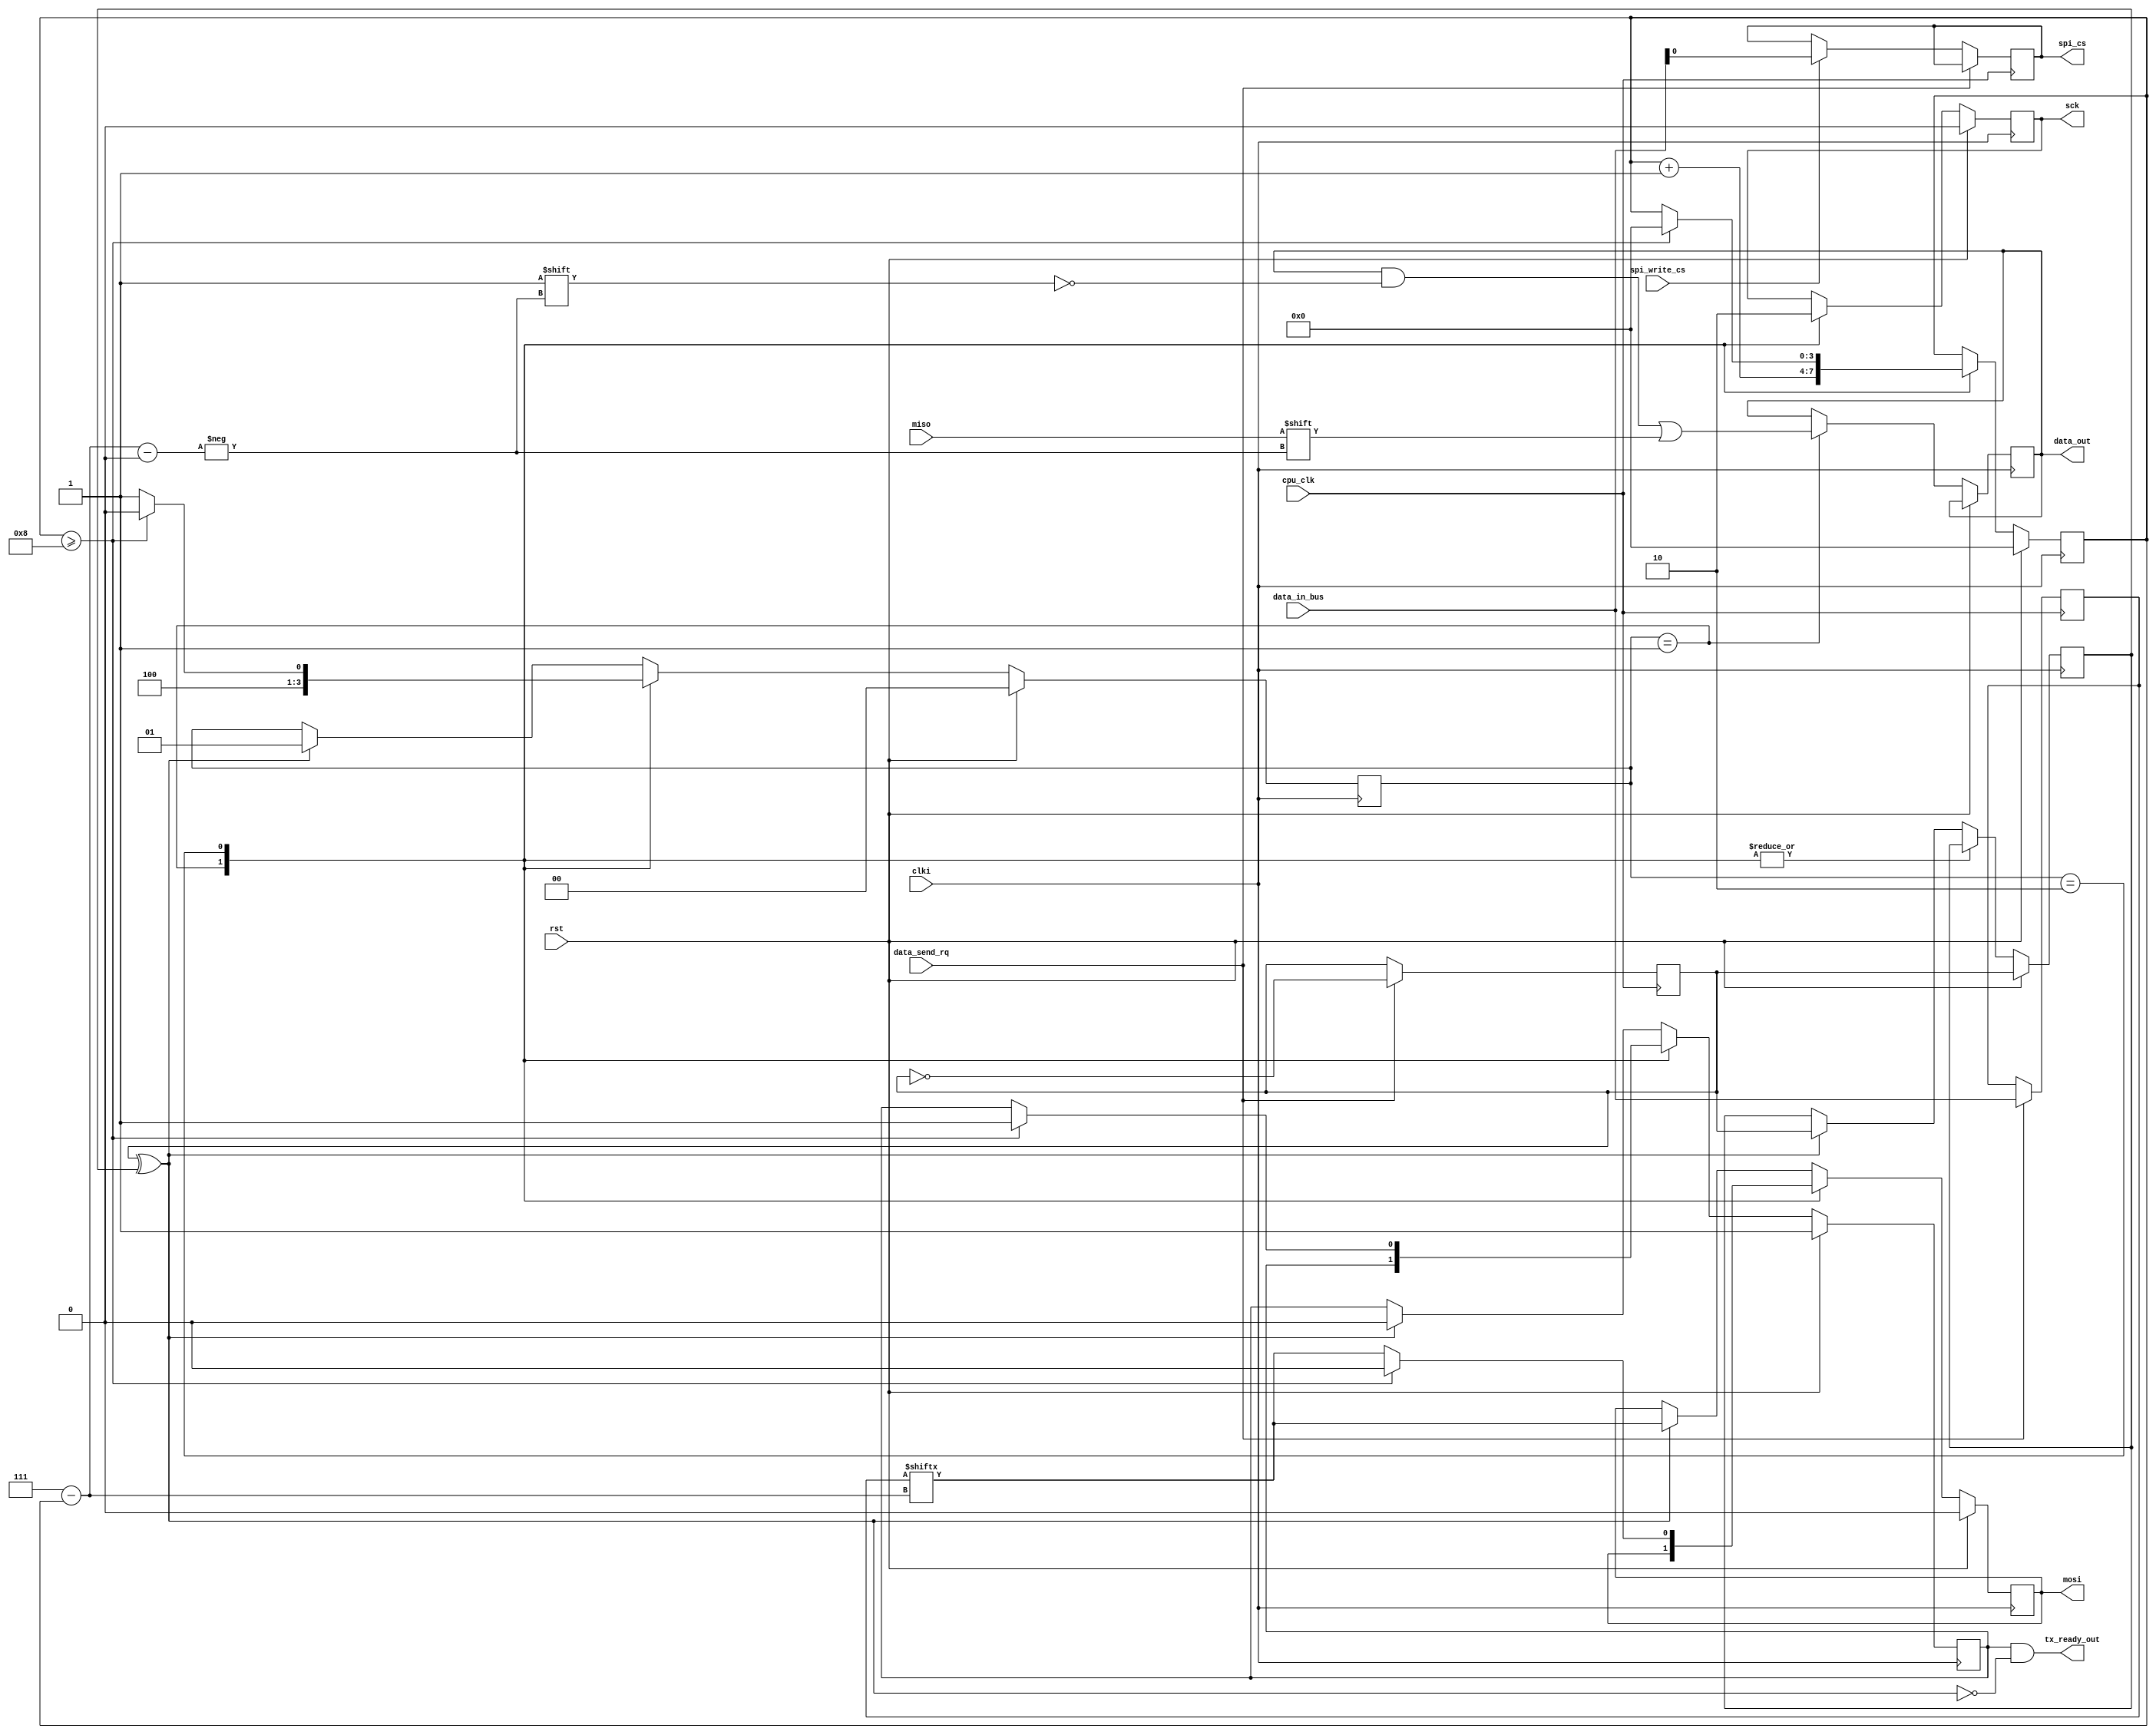
module spi (
    output reg sck,
    output reg mosi,
    input wire miso,
    
    input wire clki,
    input wire cpu_clk,
    input wire rst,
    input wire [7:0] data_in_bus,
    input wire data_send_rq,
    output reg [7:0] data_out,
    output wire tx_ready_out,
    input wire spi_write_cs,
    output reg spi_cs
);

reg tx_ready;
reg [1:0] state;
reg [3:0] bit_pos;
reg [7:0] data_in;

reg tx_signal;
reg prev_tx_signal;
initial tx_signal = 1'b0;
assign tx_ready_out = tx_ready & (~(tx_signal ^ prev_tx_signal));

always @(posedge clki) begin
    if(rst) begin
        sck <= 1'b0;
        mosi <= 1'b0;

        state <= 2'b0;
        bit_pos <= 4'b0;
        tx_ready <= 1'b1;
        prev_tx_signal <= tx_signal;
    end else begin
        case (state) 
            default: begin
                if(prev_tx_signal ^ tx_signal) begin
                    mosi <= data_in[3'b111-bit_pos];
                    state <= 2'b1;
                    tx_ready <= 1'b0;
                    prev_tx_signal <= tx_signal;
                end
            end
            2'b1: begin
                sck <= 1'b1;
                data_out[3'b111-bit_pos] <= miso;
                bit_pos <= bit_pos + 4'b1;
                state <= 2'b10;
            end
            2'b10: begin
                sck <= 1'b0;
                if(bit_pos >= 4'b1000) begin
                    state <= 2'b0;
                    bit_pos <= 4'b0;
                    tx_ready <= 1'b1;
                    mosi <= 1'b0;
                end else begin
                    mosi <= data_in[3'b111-bit_pos];
                    state <= 2'b1;
                end
            end
        endcase
    end
end

always @(posedge cpu_clk) begin
    if(data_send_rq) begin
        data_in <= data_in_bus;
        tx_signal <= ~tx_signal;
    end else if(spi_write_cs) begin
        spi_cs <= data_in_bus[0];
    end
end

endmodule